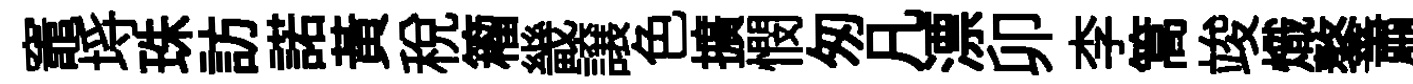
竈埓珠訪諾黃税籕畿譲色擴憫匆凡漂卯李篙竣熾鏊肅